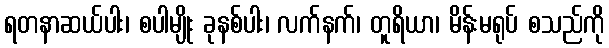
ရတနာဆယ်ပါး၊ စပါမျိုး ခုနစ်ပါး၊ လက်နက်၊ တူရိယာ၊ မိန်းမရုပ် စသည်ကို